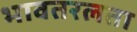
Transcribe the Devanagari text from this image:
भावतरलता